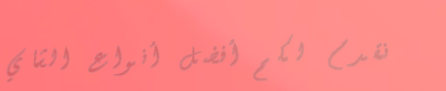
نقدم لكم أفضل أنواع الشاي